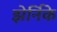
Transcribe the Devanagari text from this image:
झेर्निके